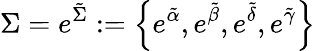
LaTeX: \Sigma=e^{\tilde{\Sigma}}:=\left\{ e^{\tilde{\alpha}},e^{\tilde{\beta}},e^{\tilde{\delta}},e^{\tilde{\gamma}}\right\}